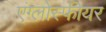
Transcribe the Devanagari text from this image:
एंग्लोस्फीयर